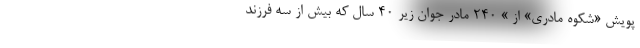
پویش «شکوه مادری» از » 240 مادر جوان زیر 40 سال که بیش از سه فرزند